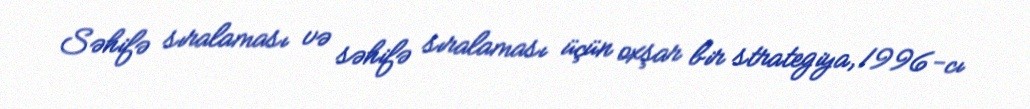
Səhifə sıralaması və səhifə sıralaması üçün oxşar bir strategiya, 1996-cı